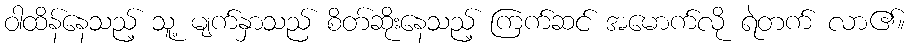
ဝါထိန်နေသည့် သူ့ မျက်နှာသည် စိတ်ဆိုးနေသည့် ကြက်ဆင် အမောက်လို ရဲတက် လာ၏။